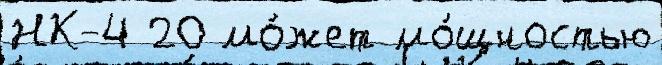
НК-4 20 мо́жет мо́щностью